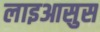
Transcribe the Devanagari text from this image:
लाइआसुस